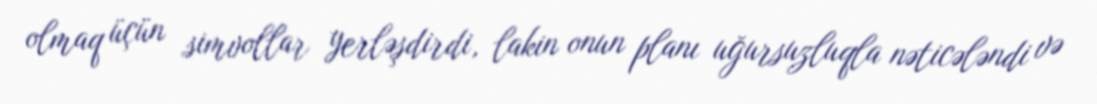
olmaq üçün simvollar yerləşdirdi, lakin onun planı uğursuzluqla nəticələndi və